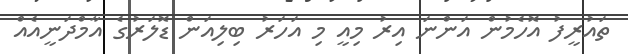
ތައުރީފު އޮހެމުން އަންނަ އިރު މިއީ މި އަހަރު ބިލިއަން ޑޮލަރުގެ އާމްދަނީއެއް